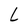
Character: L